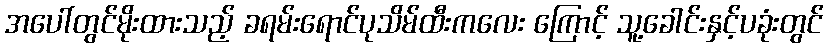
အပေါ်တွင်မိုးထားသည့် ခရမ်းရောင်ပုသိမ်ထီးကလေး ကြောင့် သူ့ခေါင်းနှင့်ပခုံးတွင်